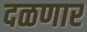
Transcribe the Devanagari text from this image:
दळणार